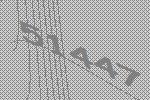
51447